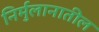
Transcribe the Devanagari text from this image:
निर्मुलानातील